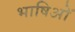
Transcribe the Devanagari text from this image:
भाषिओं